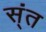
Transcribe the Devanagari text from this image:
स्ंत